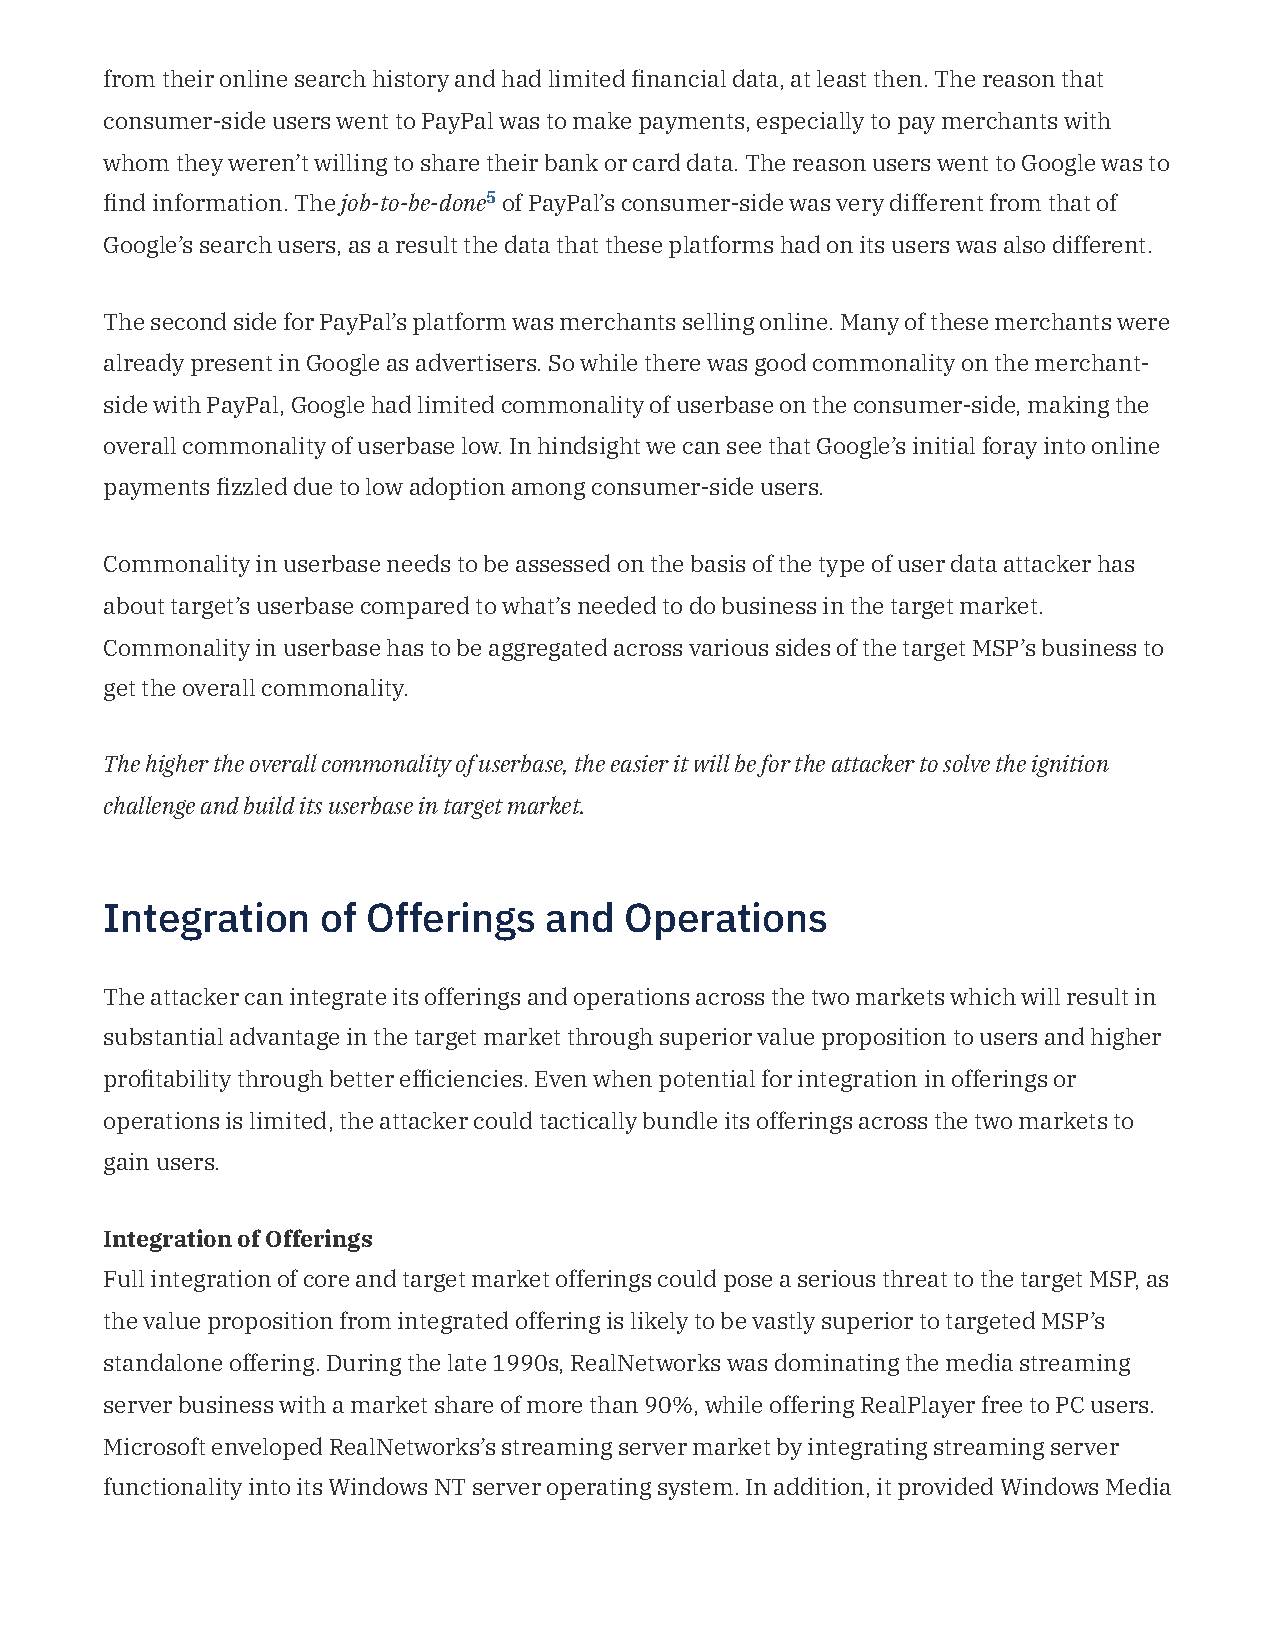
from their online search history and had limited nancial data, at least then. The reason that
 consumer-side users went to PayPal was to make payments, especially to pay merchants with
 whom they weren’t willing to share their bank or card data. The reason users went to Google was to
 nd information. The job-to-be-done5 of PayPal’s consumer-side was very different from that of
 Google’s search users, as a result the data that these platforms had on its users was also different.
 The second side for PayPal’s platform was merchants selling online. Many of these merchants were
 already present in Google as advertisers. So while there was good commonality on the merchant-
 side with PayPal, Google had limited commonality of userbase on the consumer-side, making the
 overall commonality of userbase low. In hindsight we can see that Google’s initial foray into online
 payments zzled due to low adoption among consumer-side users.
 Commonality in userbase needs to be assessed on the basis of the type of user data attacker has
 about target’s userbase compared to what’s needed to do business in the target market.
 Commonality in userbase has to be aggregated across various sides of the target MSP’s business to
 get the overall commonality.
 The higher the overall commonality of userbase, the easier it will be for the attacker to solve the ignition
 challenge and build its userbase in target market.
 Integration   of Offerings   and  Operations
 The attacker can integrate its offerings and operations across the two markets which will result in
 substantial advantage in the target market through superior value proposition to users and higher
 protability through better efciencies. Even when potential for integration in offerings or
 operations is limited, the attacker could tactically bundle its offerings across the two markets to
 gain users.
 Integration of Offerings
 Full integration of core and target market offerings could pose a serious threat to the target MSP, as
 the value proposition from integrated offering is likely to be vastly superior to targeted MSP’s
 standalone offering. During the late 1990s, RealNetworks was dominating the media streaming
 server business with a market share of more than 90%, while offering RealPlayer free to PC users.
 Microsoft enveloped RealNetworks’s streaming server market by integrating streaming server
 functionality into its Windows NT server operating system. In addition, it provided Windows Media